Problem: 45 + 18 = ?
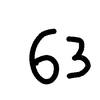
Handwritten answer: 63